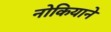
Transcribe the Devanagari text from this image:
नोकियाने